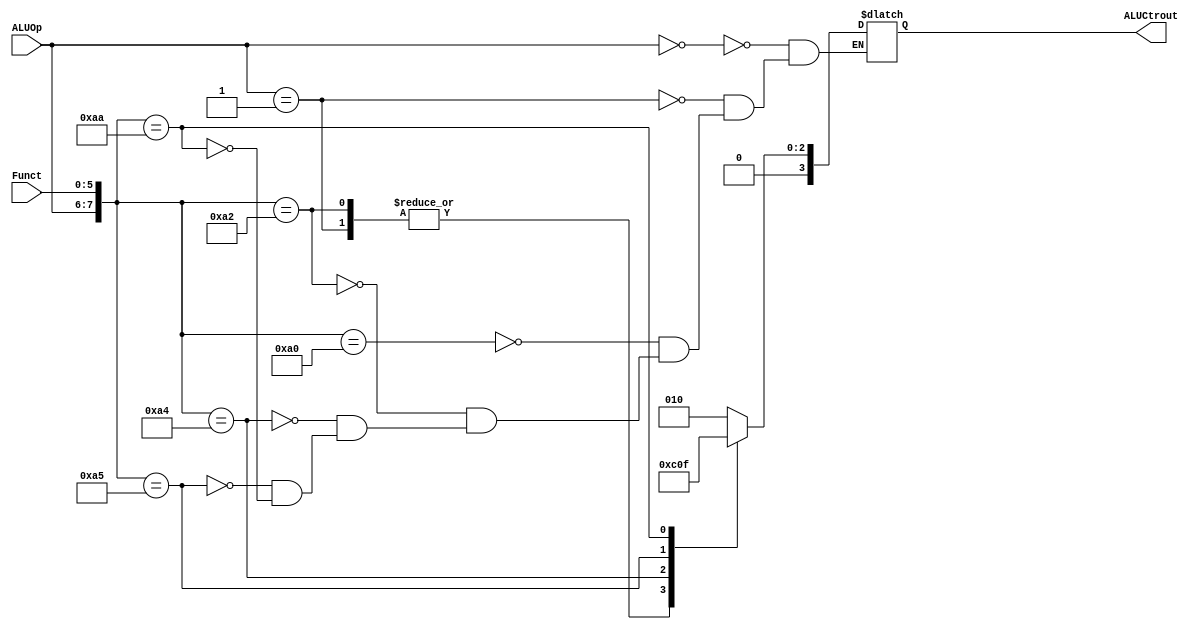
`timescale 1ns / 1ps
//////////////////////////////////////////////////////////////////////////////////
// Company: 
// Engineer: 
// 
// Design Name: 
// Module Name: ALUCtr
// Project Name: 
// Target Devices: 
// Tool Versions: 
// Description: 
// 
// Dependencies: 
// 
// Revision:
// Revision 0.01 - File Created
// Additional Comments:
// 
//////////////////////////////////////////////////////////////////////////////////


module ALUCtr(
    input[1:0] ALUOp,
    input[5:0] Funct,
    output [3:0] ALUCtrout
    );
    reg [3:0] ALUCtrOut;
    assign ALUCtrout=ALUCtrOut;
    always @ ({ALUOp,Funct})
    begin
        casex({ALUOp,Funct})
            8'b00xxxxxx: ALUCtrOut=4'b0010;
            8'b01xxxxxx:ALUCtrOut=4'b0110;
            8'b10100000:ALUCtrOut=4'b0010;
            8'b10100010:ALUCtrOut=4'b0110;
            8'b10100100:ALUCtrOut=4'b0000;
            8'b10100101:ALUCtrOut=4'b0001;
            8'b10101010:ALUCtrOut=4'b0111;
        endcase
    end
endmodule